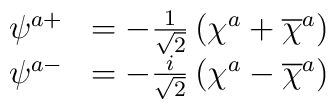
\begin{array}{ccc}\psi ^{a+} & =-\frac 1{\sqrt{2}}\left( \chi ^a+\overline{\chi }^a\right) & \\ \psi ^{a-} & =-\frac i{\sqrt{2}}\left( \chi ^a-\overline{\chi }^a\right) & \end{array}